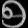
Digit: ၅